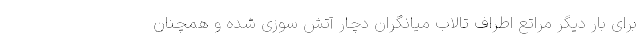
برای بار دیگر مراتع اطراف تالاب میانگران دچار آتش سوزی شده و همچنان